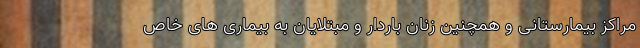
مراکز بیمارستانی و همچنین زنان باردار و مبتلایان به بیماری های خاص